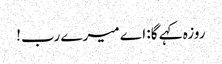
روزہ کہے گا: اے میرے رب!